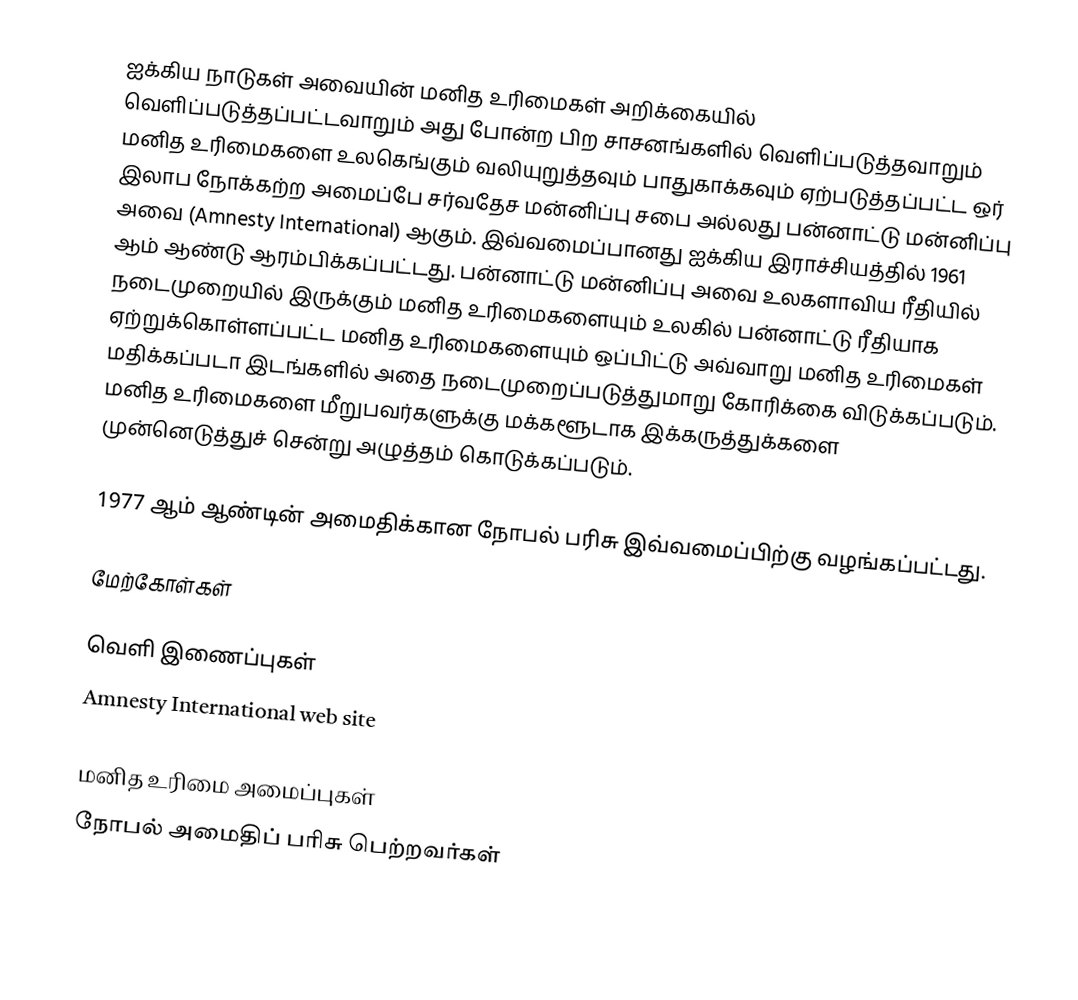
ஐக்கிய நாடுகள் அவையின் மனித உரிமைகள் அறிக்கையில் வெளிப்படுத்தப்பட்டவாறும் அது போன்ற பிற சாசனங்களில் வெளிப்படுத்தவாறும் மனித உரிமைகளை உலகெங்கும் வலியுறுத்தவும் பாதுகாக்கவும் ஏற்படுத்தப்பட்ட ஒர் இலாப நோக்கற்ற அமைப்பே சர்வதேச மன்னிப்பு சபை அல்லது பன்னாட்டு மன்னிப்பு அவை (Amnesty International) ஆகும். இவ்வமைப்பானது ஐக்கிய இராச்சியத்தில் 1961 ஆம் ஆண்டு ஆரம்பிக்கப்பட்டது. பன்னாட்டு மன்னிப்பு அவை உலகளாவிய ரீதியில் நடைமுறையில் இருக்கும் மனித உரிமைகளையும் உலகில் பன்னாட்டு ரீதியாக ஏற்றுக்கொள்ளப்பட்ட மனித உரிமைகளையும் ஒப்பிட்டு அவ்வாறு மனித உரிமைகள் மதிக்கப்படா இடங்களில் அதை நடைமுறைப்படுத்துமாறு கோரிக்கை விடுக்கப்படும். மனித உரிமைகளை மீறுபவர்களுக்கு மக்களூடாக இக்கருத்துக்களை முன்னெடுத்துச் சென்று அழுத்தம் கொடுக்கப்படும்.

1977 ஆம் ஆண்டின் அமைதிக்கான நோபல் பரிசு இவ்வமைப்பிற்கு வழங்கப்பட்டது.

மேற்கோள்கள்

வெளி இணைப்புகள்
 Amnesty International web site

மனித உரிமை அமைப்புகள்
நோபல் அமைதிப் பரிசு பெற்றவர்கள்